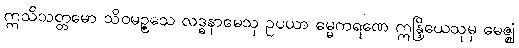
ဣသိသတ္တမော သိဝမဉ္ဇသေ လဒ္ဓနာမေသု ဥပယာ ဓမ္မကရဏေ ဣန္ဒြိယေသုမှ မေဇ္ဈံ